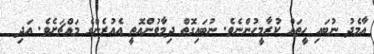
އާމެދު ނުބައި ހީތައް ކުރާމީހުންނެވެ. ނުބައިގޮތް ދިމާވުންއޮތީ އެއުރެންގެ މައްޗަށެވެ. އަދި